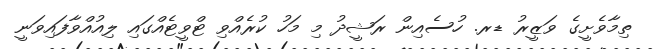
ތިމާވެށީގެ ވަޒީރު ޑރ. ހުސެއިން ރަޝީދު މި މަހު ކުރެއްވި ޓްވީޓެއްގައި ލިއުއްވާފައިވަނީ